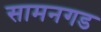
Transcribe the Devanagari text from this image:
सामनगड